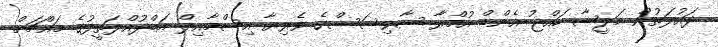
ދައުލަތުން މަލީޝާ ހައްޖު އެންޑް އުމްރާ ސާވިސަސްގެ ވެރިޔާ އިސްމާއިލް އަބްދުއްލަތީފުގެ މައްޗަށް